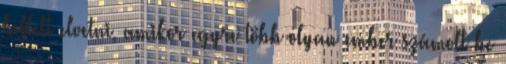
kellett elvetni, amikor egyre több olyan ember számolt be